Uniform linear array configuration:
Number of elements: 64
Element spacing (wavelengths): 0.25
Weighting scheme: binomial
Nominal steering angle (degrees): -30
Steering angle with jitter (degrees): -29.997
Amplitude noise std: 0.05
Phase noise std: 0.05

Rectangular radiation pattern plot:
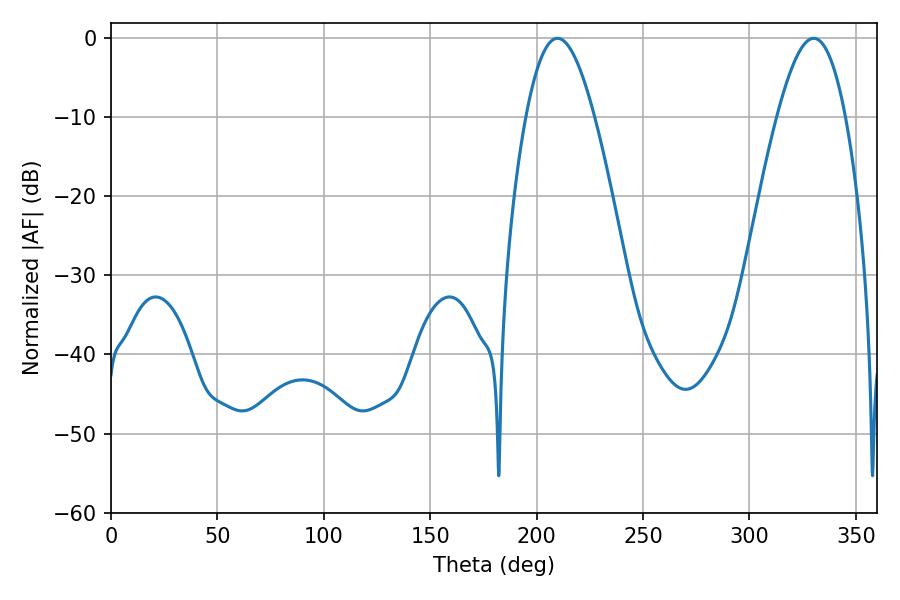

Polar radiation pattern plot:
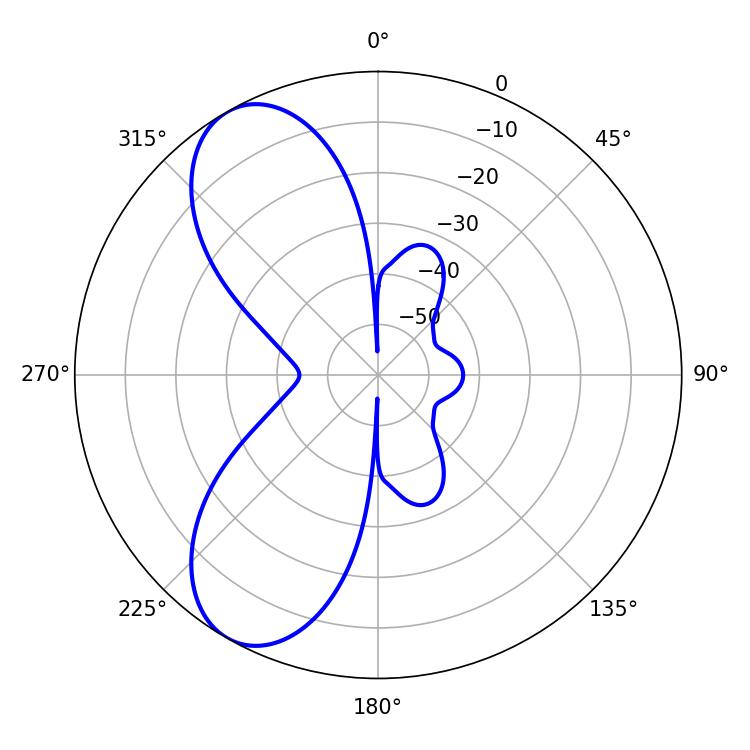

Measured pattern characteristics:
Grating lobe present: FALSE
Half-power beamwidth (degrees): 17.46
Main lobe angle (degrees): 209.88